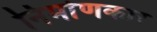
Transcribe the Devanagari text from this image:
निर्माणकार